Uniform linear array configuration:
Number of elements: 8
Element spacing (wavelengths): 0.25
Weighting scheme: binomial
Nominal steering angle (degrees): -45
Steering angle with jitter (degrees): -45.358
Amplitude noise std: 0.05
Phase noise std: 0.05

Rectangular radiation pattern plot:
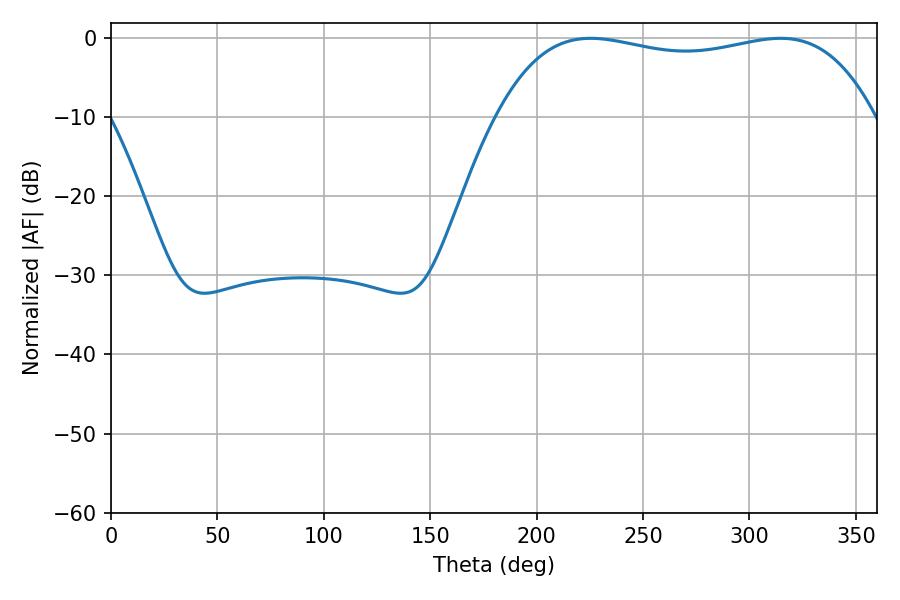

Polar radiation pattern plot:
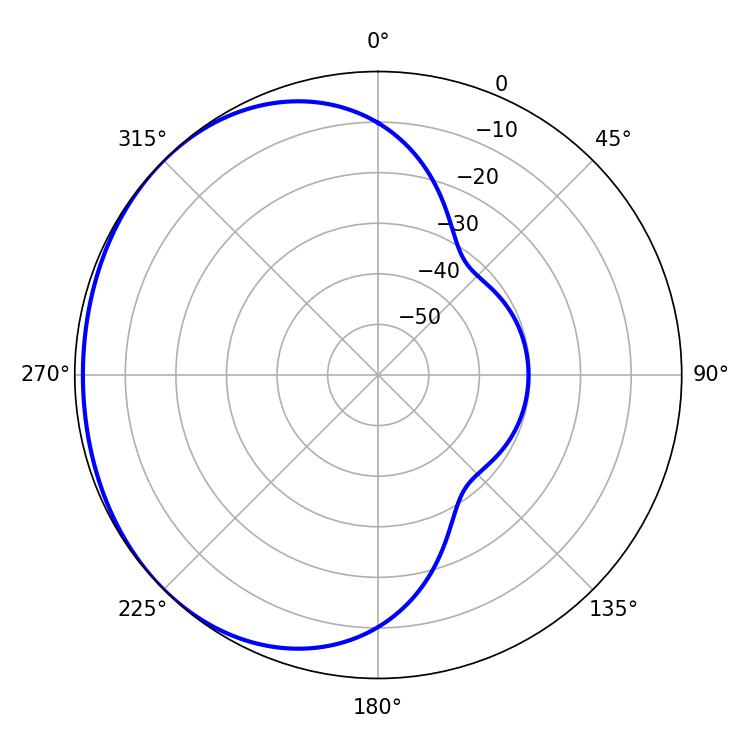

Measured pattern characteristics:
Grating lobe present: FALSE
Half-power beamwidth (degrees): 142.56
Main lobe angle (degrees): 225.36